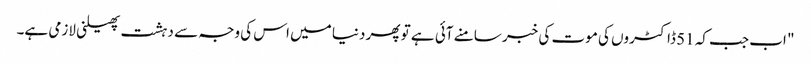
" اب جب کہ 51 ڈاکٹروں کی موت کی خبر سامنے آئی ہے تو پھر دنیا میں اس کی وجہ سے دہشت پھیلنی لازمی ہے۔